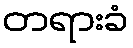
တရားခံ